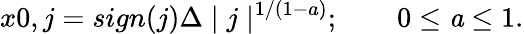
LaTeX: x0,j=sign(j)\Delta\mid j\mid^{1/(1-a)};\qquad 0\leq{\mathit{a}}\leq 1.